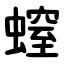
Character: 螲